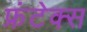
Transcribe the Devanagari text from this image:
फ्रंटेक्स